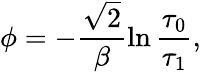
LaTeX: \phi=-\frac{\sqrt{2}}{\beta}\ln\frac{\tau_{0}}{\tau_{1}},